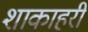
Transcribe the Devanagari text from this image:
शाकाहरी